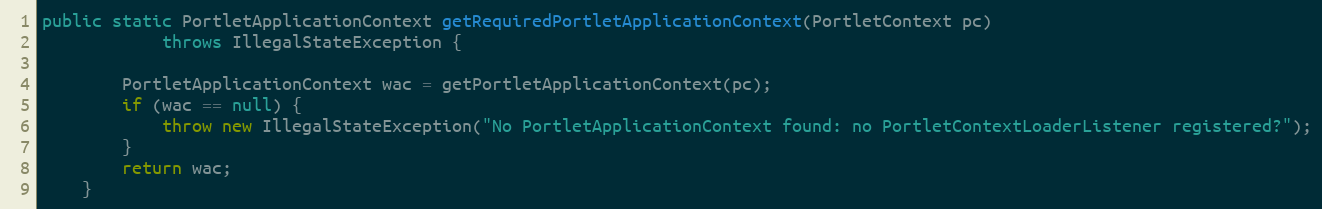
Language: Java
public static PortletApplicationContext getRequiredPortletApplicationContext(PortletContext pc)
            throws IllegalStateException {

        PortletApplicationContext wac = getPortletApplicationContext(pc);
        if (wac == null) {
            throw new IllegalStateException("No PortletApplicationContext found: no PortletContextLoaderListener registered?");
        }
        return wac;
    }